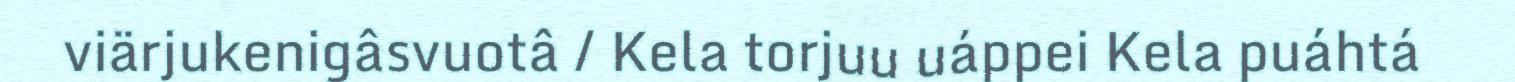
viärjukenigâsvuotâ / Kela torjuu uáppei Kela puáhtá